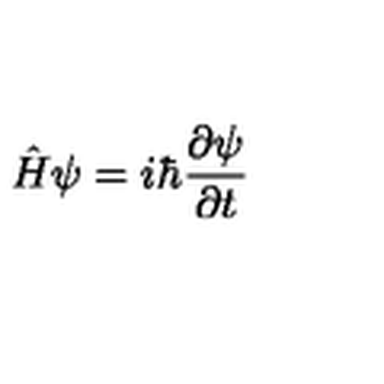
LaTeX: \hat { H } \psi = i \hbar \frac { \partial \psi } { \partial t }